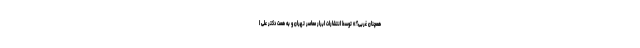
همچنان غربی؟» توسط انتشارات ابرار معاصر تهران و به همت دکتر علی ا